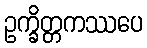
ဥက္ခိတ္တကဿပေ